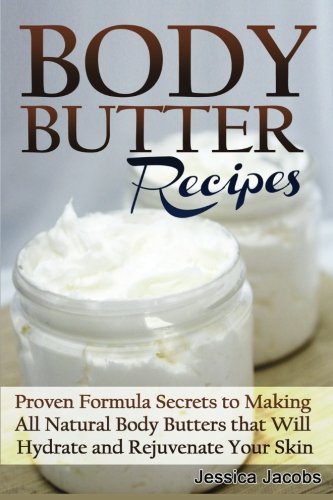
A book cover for Body Butter Recipes: Proven Formula Secrets to Making All Natural Body Butters That Will Hydrate and Rejuvenate Your Skin; Jessica Jacobs; Crafts, Hobbies & Home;